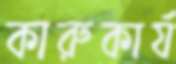
কারুকার্য